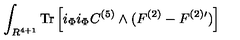
\int _ { R ^ { 4 + 1 } } \mathrm { T r } \left[ i _ { \Phi } i _ { \Phi } C ^ { ( 5 ) } \wedge ( F ^ { ( 2 ) } - F ^ { ( 2 ) \prime } ) \right]